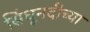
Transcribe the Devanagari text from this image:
सिंधूनदीच्या